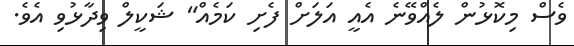
ވެސް މިކޮޅުން ލެއްވޭނެ އެއީ އަލަށް ފެށި ކަމެއް" ޝަކީލް ވިދާޅުވި އެވެ.